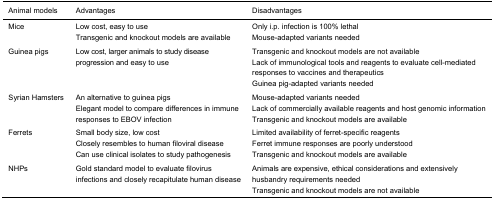
<table><thead><tr><td><b>Animal models</b></td><td><b>Advantages</b></td><td><b>Disadvantages</b></td></tr></thead><tbody><tr><td>Mice</td><td>Low cost, easy to useTransgenic and knockout models are available</td><td>Only i.p. infection is 100% lethalMouse-adapted variants needed</td></tr><tr><td>Guinea pigs</td><td>Low cost, larger animals to study disease progression and easy to use</td><td>Transgenic and knockout models are not availableLack of immunological tools and reagents to evaluate cell-mediated responses to vaccines and therapeuticsGuinea pig-adapted variants needed</td></tr><tr><td>Syrian Hamsters</td><td>An alternative to guinea pigsElegant model to compare differences in immune responses to EBOV infection</td><td>Mouse-adapted variants neededLack of commercially available reagents and host genomic informationTransgenic and knockout models are available</td></tr><tr><td>Ferrets</td><td>Small body size, low costClosely resembles to human filoviral diseaseCan use clinical isolates to study pathogenesis</td><td>Limited availability of ferret-specific reagentsFerret immune responses are poorly understoodTransgenic and knockout models are available</td></tr><tr><td>NHPs</td><td>Gold standard model to evaluate filovirus infections and closely recapitulate human disease</td><td>Animals are expensive, ethical considerations and extensively husbandry requirements neededTransgenic and knockout models are not available</td></tr></tbody></table>